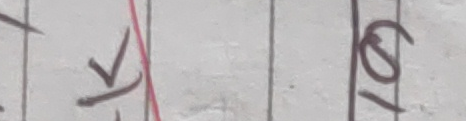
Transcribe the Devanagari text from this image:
क ७०